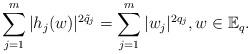
LaTeX: \begin{align*}\sum_{j=1}^m|h_j(w)|^{2\tilde q_j}=\sum_{j=1}^m|w_j|^{2q_j},w\in\mathbb E_q.\end{align*}